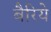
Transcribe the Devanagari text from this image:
बैरिये